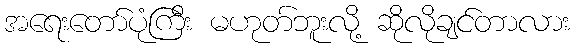
အရေးတော်ပုံကြီး မဟုတ်ဘူးလို့ ဆိုလိုချင်တာလား